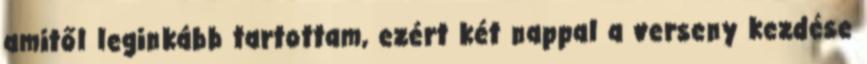
amitől leginkább tartottam, ezért két nappal a verseny kezdése